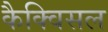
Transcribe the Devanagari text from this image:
कैक्विसल